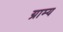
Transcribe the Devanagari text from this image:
ग्राम्‍य